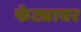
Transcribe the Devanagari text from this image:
फेट्यावर